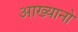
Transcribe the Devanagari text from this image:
आख्यानो